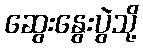
ဆွေးနွေးပွဲသို့